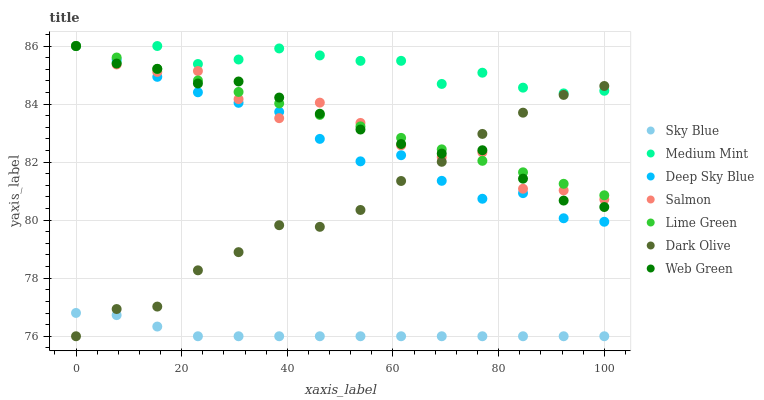
| xaxis_label | Sky Blue | Medium Mint | Deep Sky Blue | Salmon | Lime Green | Dark Olive | Web Green |
 | --- | --- | --- | --- | --- | --- | --- | --- |
 | 0 | 76.8 | 86 | 86 | 86 | 86 | 76 | 86 |
 | 7.69 | 76.7 | 85.4 | 85.5 | 85.4 | 85.6 | 76.9 | 85.4 |
 | 15.4 | 76.3 | 86 | 84.9 | 85.1 | 85.2 | 77 | 85.2 |
 | 23.1 | 76 | 85.4 | 84.4 | 85.1 | 84.8 | 78.3 | 84.7 |
 | 30.8 | 76 | 85.5 | 84 | 84.2 | 84.4 | 78.9 | 84.8 |
 | 38.5 | 76 | 85.9 | 83.7 | 83.5 | 84 | 79.8 | 84.2 |
 | 46.2 | 76 | 85.7 | 82.8 | 84 | 83.6 | 79.8 | 83.7 |
 | 53.8 | 76 | 85.5 | 82 | 83.4 | 83.2 | 80.4 | 83.1 |
 | 61.5 | 76 | 85.5 | 82.2 | 82.6 | 82.8 | 81.3 | 82.6 |
 | 69.2 | 76 | 84.7 | 81.4 | 82.2 | 82.4 | 82 | 82.3 |
 | 76.9 | 76 | 85.1 | 80.7 | 82.3 | 82 | 83 | 82.4 |
 | 84.6 | 76 | 84.6 | 80.9 | 81.1 | 81.6 | 83.7 | 81.4 |
 | 92.3 | 76 | 84.4 | 80.1 | 81 | 81.3 | 84.3 | 80.7 |
 | 100 | 76 | 84.5 | 79.9 | 80.7 | 80.9 | 84.6 | 80.5 |